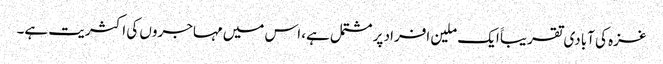
غزہ کی آبادی تقریباََ ایک ملین افراد پر مشتمل ہے، اس میں مہاجروں کی اکثریت ہے۔